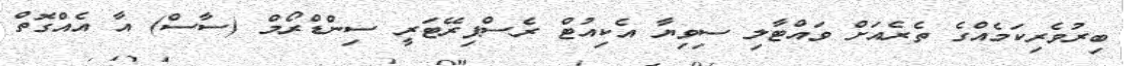
ބިރުވެރިކަމެއްގެ ތެރެއަށް ވައްޓާލި ސިވިޔާ އެކިއުޓް ރެސްޕިރޭޓަރީ ސިންޑްރޯމް (ސާސް) އާ އެއްގޮތް